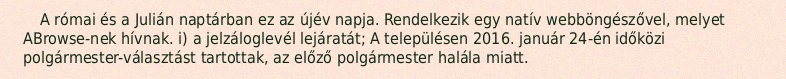
A római és a Julián naptárban ez az újév napja. Rendelkezik egy natív webböngészővel, melyet ABrowse-nek hívnak. i) a jelzáloglevél lejáratát; A településen 2016. január 24-én időközi polgármester-választást tartottak, az előző polgármester halála miatt.